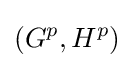
(G^{p},H^{p})